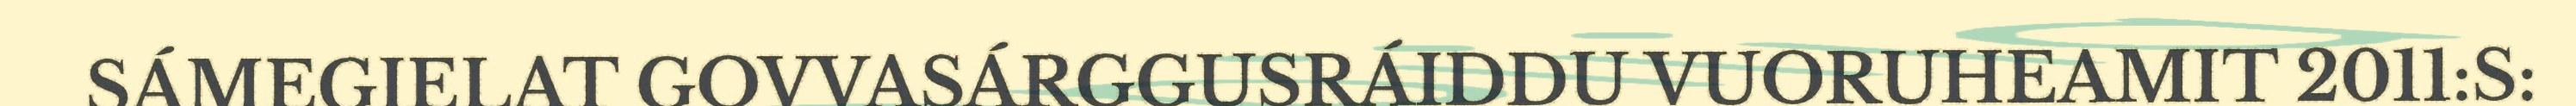
SÁMEGIELAT GOVVASÁRGGUSRÁIDDU VUORUHEAMIT 2011:S: